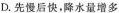
D.先慢后快，降水量增多